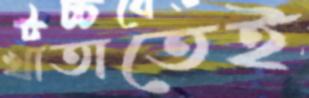
খাতাতেই